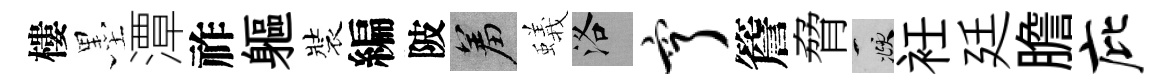
樓墨潭祚軀裝編陂羞蟻洛亨簷脅頫衽廷膽庇